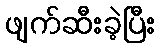
ဖျက်ဆီးခဲ့ပြီး